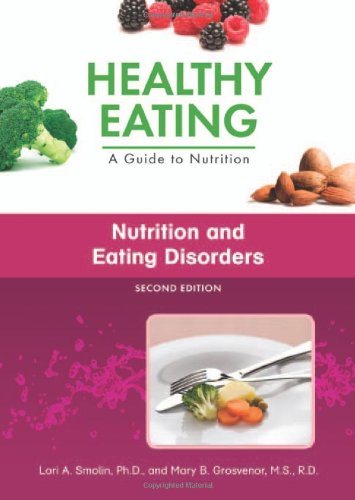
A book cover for Nutrition and Eating Disorders (Healthy Eating: A Guide to Nutrition); Lori A. Smolin; Teen & Young Adult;